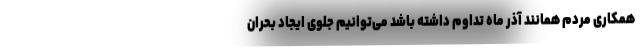
همکاری مردم همانند آذر ماه تداوم داشته باشد می‌توانیم جلوی ایجاد بحران